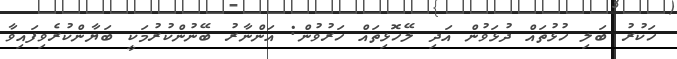
ހަކުރު ބަލި ހުޅުތައް ދުޅަވުން އަދި ލޭހޮޅިތައް ހަރުވުން: އަންނާރު ބޭނުންކުރުމަކީ ބަޔާންކުރެވިފައިވާ